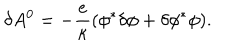
\delta A ^ { 0 } = - { \frac { e } { \kappa } } ( \phi ^ { * } \delta \phi + \delta \phi ^ { * } \phi ) .